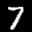
Label: 7